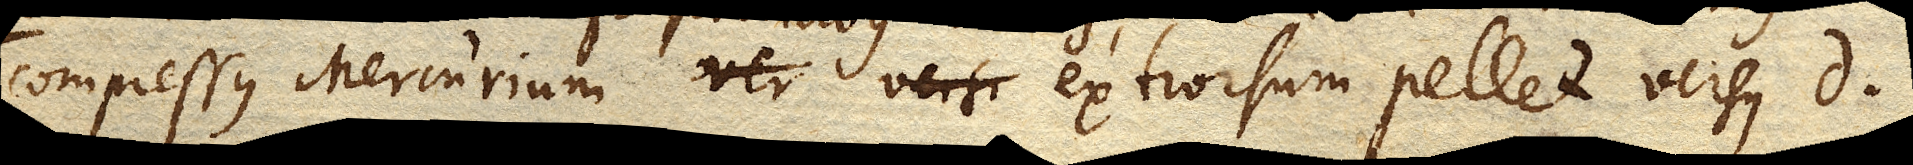
compressus Mercurium extrorsum pellet versus d.